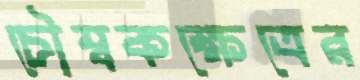
চৌম্বকক্ষেত্রের